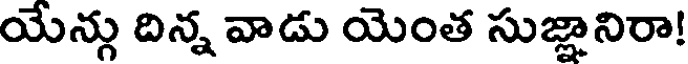
యేన్గు దిన్న వాడు యెంత సుజ్ఞానిరా!